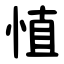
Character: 㥀